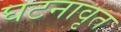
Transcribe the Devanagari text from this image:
घटनावृत